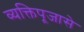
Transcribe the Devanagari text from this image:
व्यक्तिपूजासे